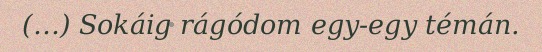
(…) Sokáig rágódom egy-egy témán.